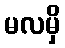
မလမှိ